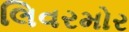
લિવરમોર